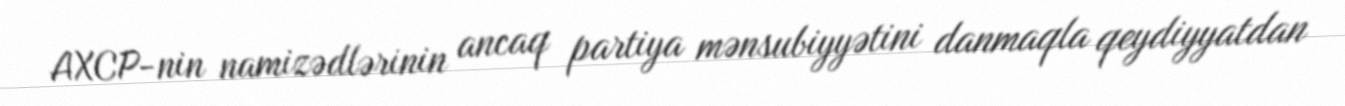
AXCP-nin namizədlərinin ancaq partiya mənsubiyyətini danmaqla qeydiyyatdan